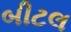
બીટલ